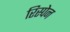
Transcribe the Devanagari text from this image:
रिस्पेन